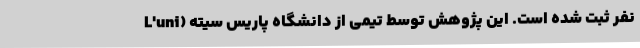
نفر ثبت شده است. این پژوهش توسط تیمی از دانشگاه پاریس سیته (L'uni